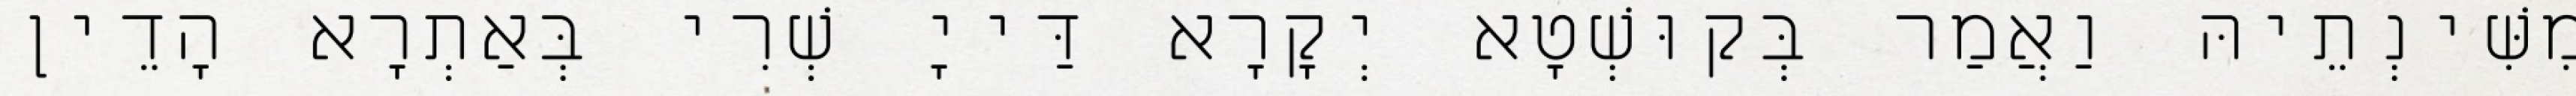
מִשִּׁינְתֵיהּ וַאֲמַר בְּקוּשְׁטָא יְקָרָא דַּייָ שְׁרִי בְּאַתְרָא הָדֵין